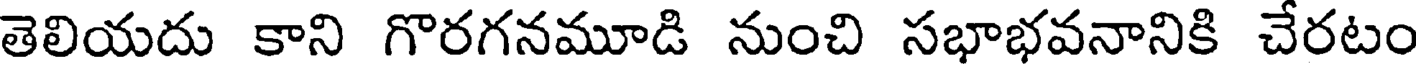
తెలియదు కాని గొరగనమూడి నుంచి సభాభవనానికి చేరటం